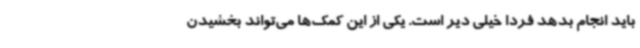
باید انجام بدهد فردا خیلی دیر است. یکی از این کمک‌ها می‌تواند بخشیدن